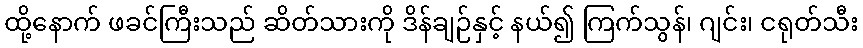
ထို့နောက် ဖခင်ကြီးသည် ဆိတ်သားကို ဒိန်ချဉ်နှင့် နယ်၍ ကြက်သွန်၊ ဂျင်း၊ ငရုတ်သီး